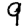
Digit: 9